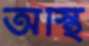
অস্থি